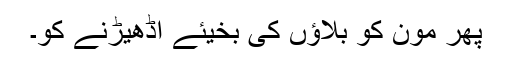
پھر مون کو بلاؤں کی بخیئے اڈھیڑنے کو۔